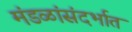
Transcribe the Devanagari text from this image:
मंडळांसंदर्भात